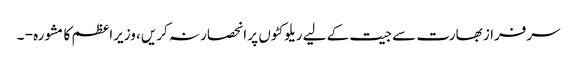
سرفراز بھارت سے جیت کے لیے ریلوکٹوں پر انحصار نہ کریں، وزیراعظم کا مشورہ - ۔